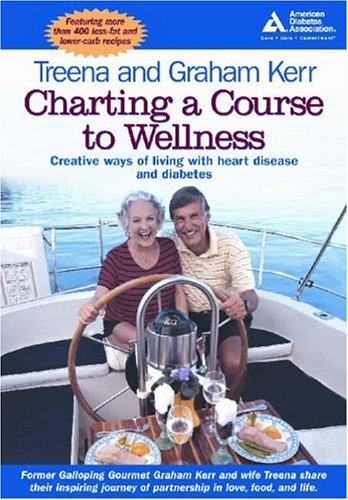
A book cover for Charting a Course to Wellness: Creative Ways of Living with Heart Disease and Diabetes; Graham Kerr; Health, Fitness & Dieting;